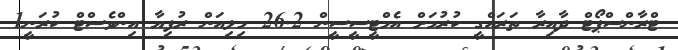
ޓްރާންސްޕޯޓް ދާއިރާ ތަރައްގީ ކުރުމަށް އެމްޓީސީސީން 26.2 މިލިއަން ރުފިޔާ އިންވެސްޓް ކުރަނީ1